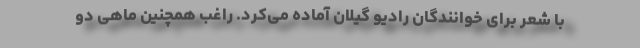
با شعر برای خوانندگان رادیو گیلان آماده می‌کرد. راغب همچنین ماهی دو